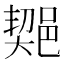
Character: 𨜣